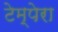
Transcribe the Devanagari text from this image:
टेम्पेरा